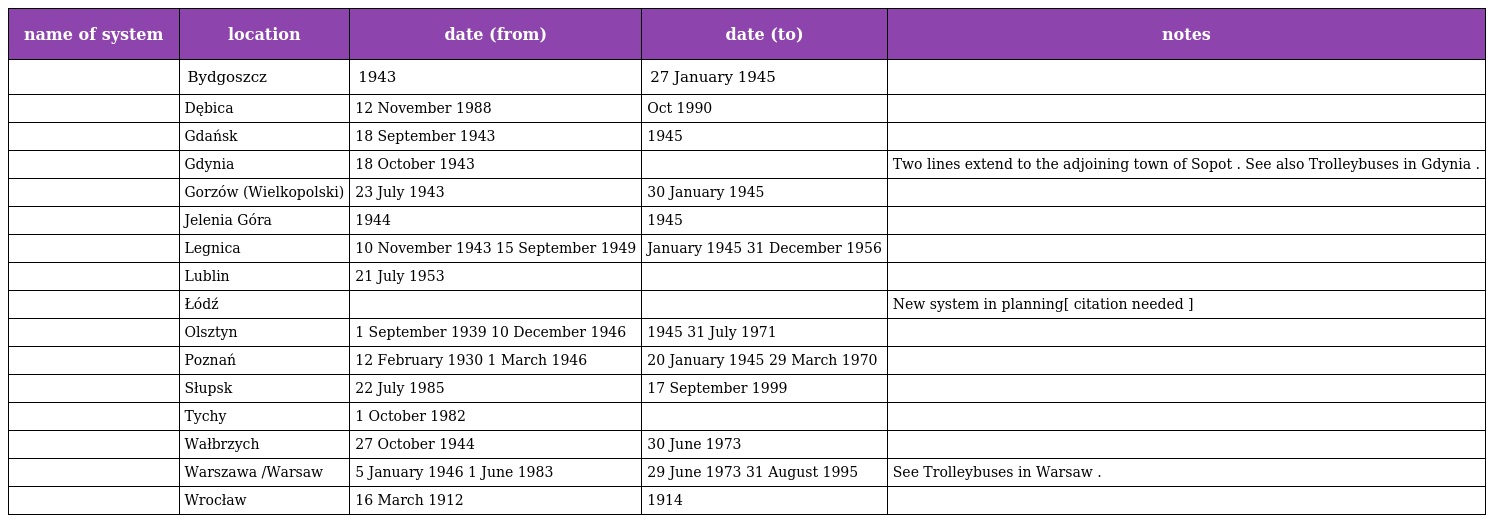
| name of system | location | date (from) | date (to) | notes |
 | --- | --- | --- | --- | --- |
 |  | Bydgoszcz | 1943 | 27 January 1945 |  |
 |  | Dębica | 12 November 1988 | Oct 1990 |  |
 |  | Gdańsk | 18 September 1943 | 1945 |  |
 |  | Gdynia | 18 October 1943 |  | Two lines extend to the adjoining town of Sopot . See also Trolleybuses in Gdynia . |
 |  | Gorzów (Wielkopolski) | 23 July 1943 | 30 January 1945 |  |
 |  | Jelenia Góra | 1944 | 1945 |  |
 |  | Legnica | 10 November 1943 15 September 1949 | January 1945 31 December 1956 |  |
 |  | Lublin | 21 July 1953 |  |  |
 |  | Łódź |  |  | New system in planning[ citation needed ] |
 |  | Olsztyn | 1 September 1939 10 December 1946 | 1945 31 July 1971 |  |
 |  | Poznań | 12 February 1930 1 March 1946 | 20 January 1945 29 March 1970 |  |
 |  | Słupsk | 22 July 1985 | 17 September 1999 |  |
 |  | Tychy | 1 October 1982 |  |  |
 |  | Wałbrzych | 27 October 1944 | 30 June 1973 |  |
 |  | Warszawa /Warsaw | 5 January 1946 1 June 1983 | 29 June 1973 31 August 1995 | See Trolleybuses in Warsaw . |
 |  | Wrocław | 16 March 1912 | 1914 |  |